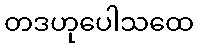
တဒဟုပေါသထေ